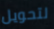
لتحويل